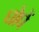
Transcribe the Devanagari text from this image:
घोघें